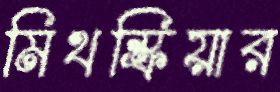
মিথস্ক্রিয়ার